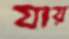
যায়